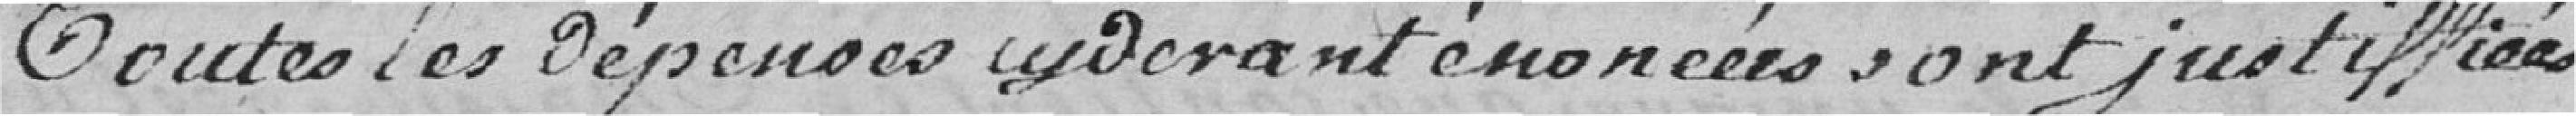
Toutes les dépenses  énoncés sont justiffiées